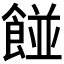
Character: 𮨿